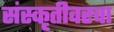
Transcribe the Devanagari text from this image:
संस्कृतीवरचा